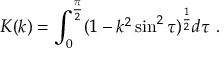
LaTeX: K ( k ) = \int _ { 0 } ^ { \frac { \pi } { 2 } } ( 1 - k ^ { 2 } \sin ^ { 2 } \tau ) ^ { \frac { 1 } { 2 } } d \tau \ .